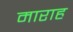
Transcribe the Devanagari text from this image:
माराह